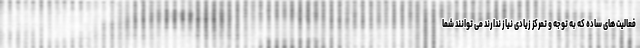
فعالیت های ساده که به توجه و تمرکز زیادی نیاز ندارند می توانند شما